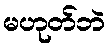
မဟုတ်ဘဲ